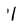
Character: 1